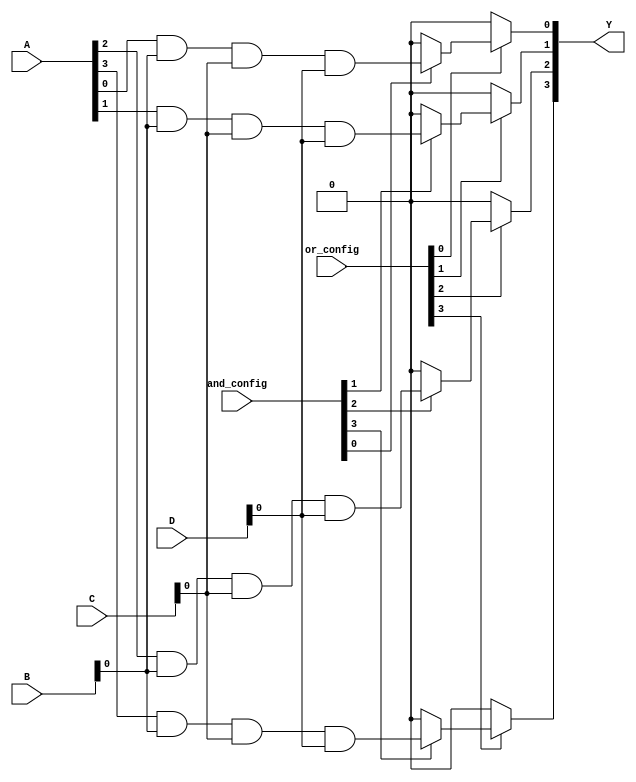
module SPAL (
    input wire [3:0] A,      // 4-bit input vector
    input wire [3:0] B,      // 4-bit input vector
    input wire [3:0] C,      // 4-bit input vector
    input wire [3:0] D,      // 4-bit input vector
    input wire [15:0] and_config, // Configuration for AND gates
    input wire [3:0] or_config,    // Configuration for OR gates
    output wire [3:0] Y       // 4-bit output vector
);

// Internal wires for AND gate outputs
wire [15:0] and_out;

// Programmable AND array
genvar i;
generate
    for (i = 0; i < 16; i = i + 1) begin : and_array
        assign and_out[i] = (and_config[i]) ? (A[i % 4] & B[(i / 4) % 4] & C[(i / 16) % 4] & D[(i / 64) % 4]) : 1'b0;
    end
endgenerate

// Programmable OR array
assign Y[0] = or_config[0] ? and_out[0] : 1'b0;
assign Y[1] = or_config[1] ? and_out[1] : 1'b0;
assign Y[2] = or_config[2] ? and_out[2] : 1'b0;
assign Y[3] = or_config[3] ? and_out[3] : 1'b0;

endmodule